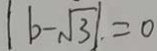
\vert b - \sqrt { 3 } \vert . = 0